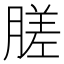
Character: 䐤